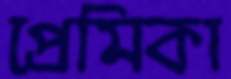
প্রেমিকা